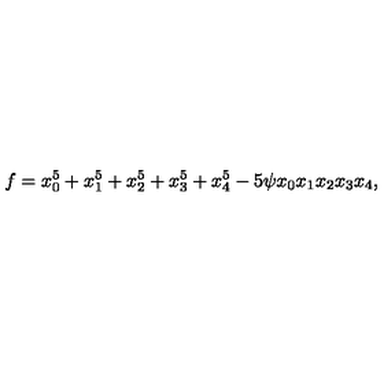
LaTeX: f = x _ { 0 } ^ { 5 } + x _ { 1 } ^ { 5 } + x _ { 2 } ^ { 5 } + x _ { 3 } ^ { 5 } + x _ { 4 } ^ { 5 } - 5 \psi x _ { 0 } x _ { 1 } x _ { 2 } x _ { 3 } x _ { 4 } ,